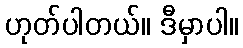
ဟုတ်ပါတယ်။ ဒီမှာပါ။